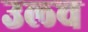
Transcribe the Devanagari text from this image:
उल्च